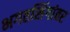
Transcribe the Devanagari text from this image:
भगतसिंगांवर